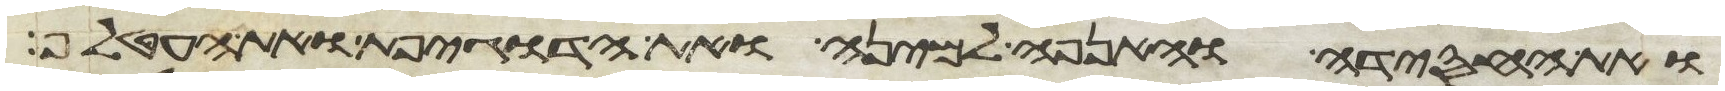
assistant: ואת החסידה והאנפה למינה ואת הדגיפת ואת העטלף